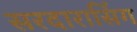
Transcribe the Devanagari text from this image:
सरदारासिंग